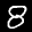
Label: 8